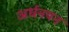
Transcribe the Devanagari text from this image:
अर्धनयन